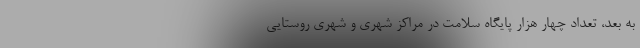
به بعد، تعداد چهار هزار پایگاه سلامت در مراکز شهری و شهری روستایی